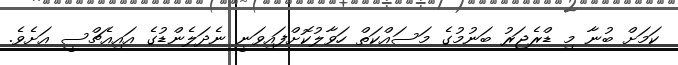
ކަަމަށް ބުނާ މި ޑްރެޖަރު ބަނުމުގެ މަސައްކަތް ހަވާލުކޮށްފައިވަނީ ނެދަލެންޑުގެ އައިއެޗްސީ އަށެވެ.